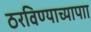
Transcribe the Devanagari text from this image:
ठरविण्याच्यापाा